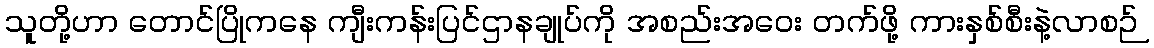
သူတို့ဟာ တောင်ပြိုကနေ ကျီးကန်းပြင်ဌာနချုပ်ကို အစည်းအဝေး တက်ဖို့ ကားနှစ်စီးနဲ့လာစဉ်